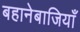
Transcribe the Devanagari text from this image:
बहानेबाजियाँ